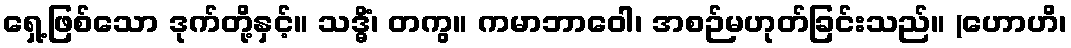
ရှေ့ဖြစ်သော ဒုက်တို့နှင့်။ သဒ္ဓိံ၊ တကွ။ ကမာဘာဝေါ၊ အစဉ်မဟုတ်ခြင်းသည်။ (ဟောဟိ၊